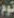
نوم